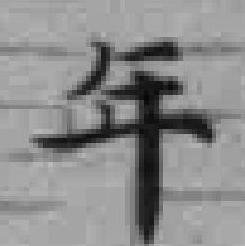
年